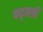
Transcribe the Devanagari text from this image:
पद्‌मश्री